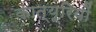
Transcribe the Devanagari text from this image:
कात्यूरियों